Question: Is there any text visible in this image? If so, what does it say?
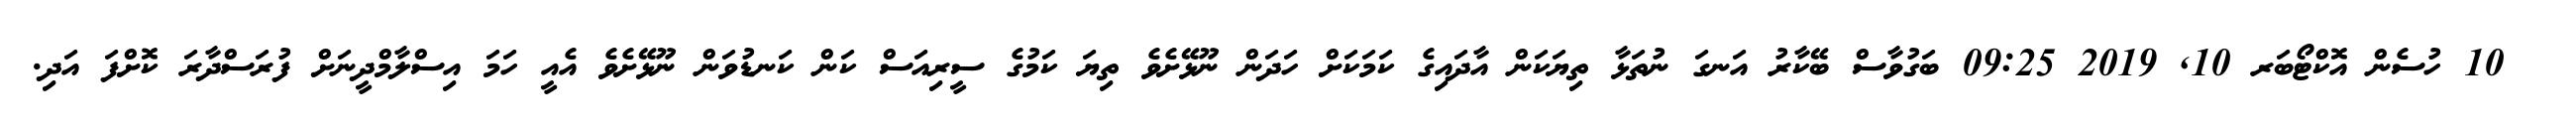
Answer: ? 10 ހުސެން އޮކްޓޯބަރ 10, 2019 09:25 ބަގުވާސް ބޭކާރު އަނގަ ނުތަޅާ ތިޔަކަން އާދައިގެ ކަމަކަށް ހަދަން ނޫޅޭށެވެ ތިޔަ ކަމުގެ ސީރިއަސް ކަން ކަނޑުވަން ނޫޅޭށެވެ އެއީ ހަމަ އިސްލާމްދީނަށް ފުރަސްދާރަ ކޮށްފަ އަދި.